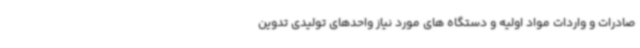
صادرات و واردات مواد اولیه و دستگاه های مورد نیاز واحدهای تولیدی تدوین